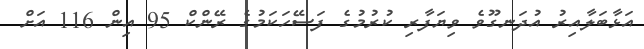
އަޅާބަލާއިރު އުދަނގޫވެ ވިޔަފާރި ކުރުމުގެ ފަސޭހަކަމުގެ ރޭންކް 95 އިން 116 އަށް